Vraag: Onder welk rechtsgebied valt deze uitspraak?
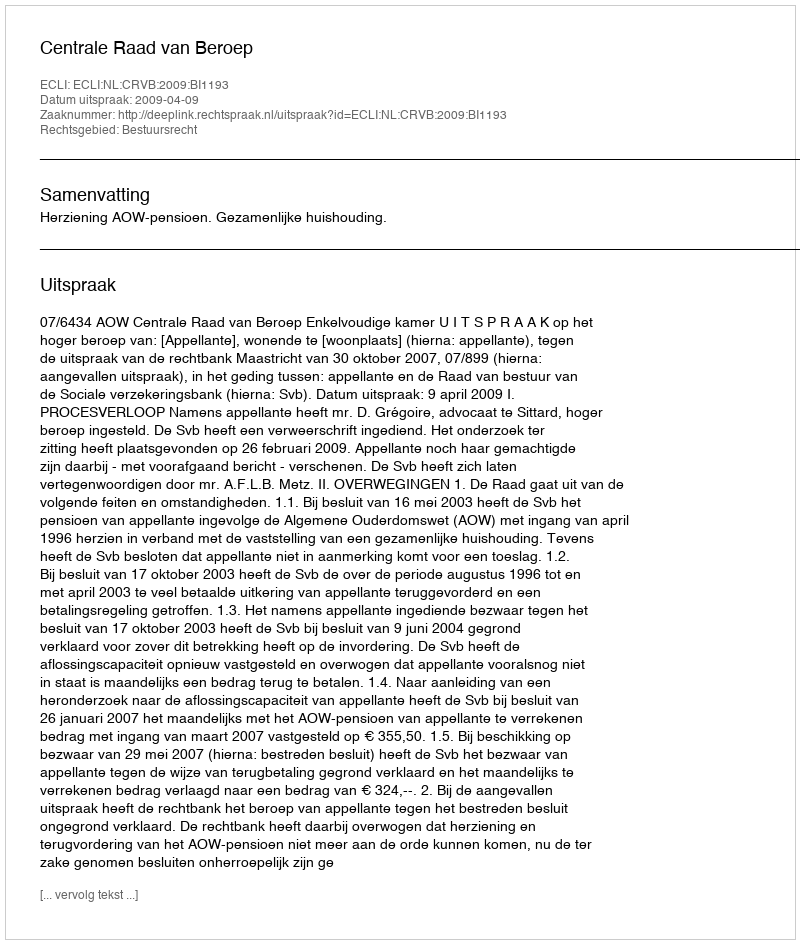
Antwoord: Bestuursrecht